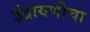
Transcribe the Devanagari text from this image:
इंद्रायणीचा